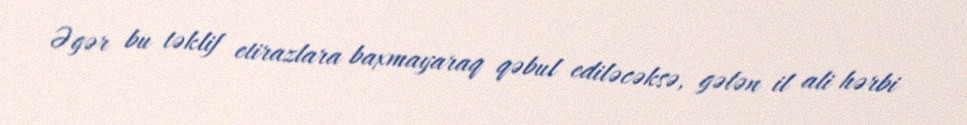
Əgər bu təklif etirazlara baxmayaraq qəbul ediləcəksə, gələn il ali hərbi